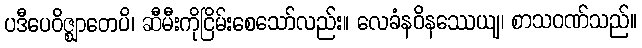
ပဒီပေဝိဇ္ဈာတေပိ၊ ဆီမီးကိုငြိမ်းစေသော်လည်း။ လေခံနဝိနဿေယျ၊ စာသဝဏ်သည်။